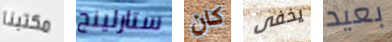
مكتبنا ستارلينج كان يخفى بعيد